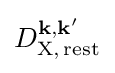
D_{\mathrm {X,\,rest} }^{\mathbf {k} ,\mathbf {k'} }